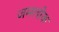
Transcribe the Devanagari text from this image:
जमलोक